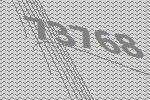
73768